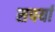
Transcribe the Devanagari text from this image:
सपर्या